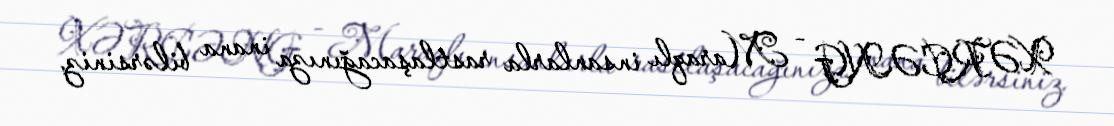
XƏRÇƏNG - Maraqlı insanlarla rastlaşacağınıza inana bilərsiniz.